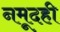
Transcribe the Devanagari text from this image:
नमूदही